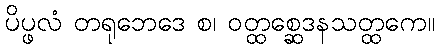
ပိပ္ဖလံ တရုဘေဒေ စ၊ ဝတ္ထစ္ဆေဒနသတ္ထကေ။